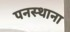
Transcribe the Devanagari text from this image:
पनस्थाना